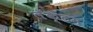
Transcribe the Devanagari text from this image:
लॅक्टम